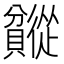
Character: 𬥯